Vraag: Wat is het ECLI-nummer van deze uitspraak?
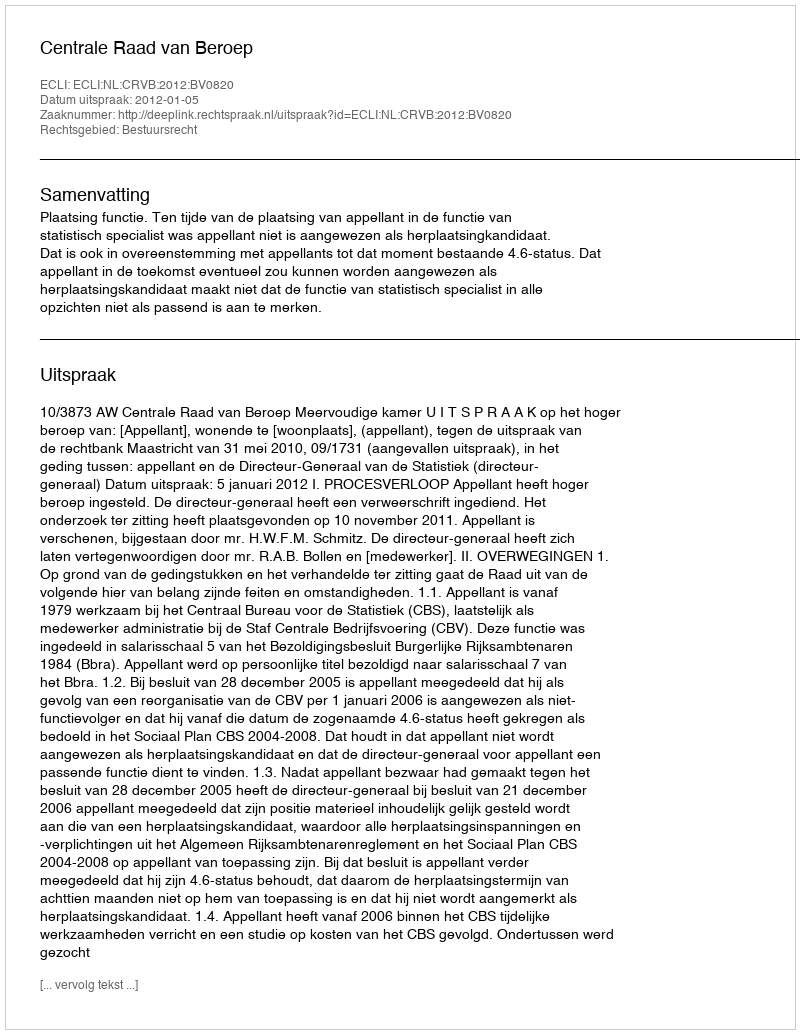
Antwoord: ECLI:NL:CRVB:2012:BV0820